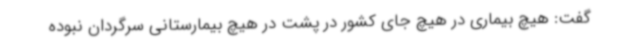
گفت: هیچ بیماری در هیچ جای کشور در پشت در هیچ بیمارستانی سرگردان نبوده